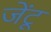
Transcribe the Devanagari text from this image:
जेंटू